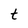
Character: t